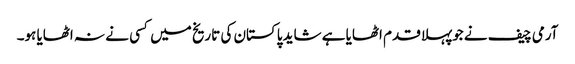
آرمی چیف نے جوپہلا قدم اٹھایا ہے شاید پاکستان کی تاریخ میں کسی نے نہ اٹھایا ہو۔